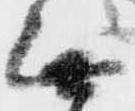
無